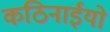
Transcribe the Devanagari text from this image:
कठिनाईयो